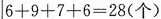
$$6 + 9 + 7 + 6 = 2 8$$(个)